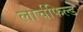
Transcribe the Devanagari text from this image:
लार्चफिल्ड